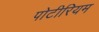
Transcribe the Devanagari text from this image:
पोटीरियम